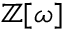
\mathbb { Z } [ \omega ]